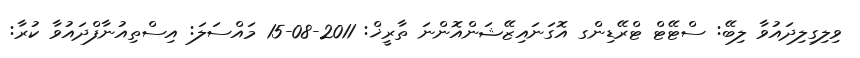
ވިލިގިލިދައުވާ ލިބޭ: ސްޓޭޓް ޓްރޭޑިންގ އޮގަނައިޒޭޝަންއޮންނަ ތާރީޚް: 2011-08-15 މައްސަލަ: އިސްތިއުނާފްދައުވާ ކުރާ: